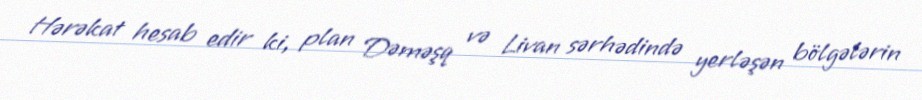
Hərəkat hesab edir ki, plan Dəməşq və Livan sərhədində yerləşən bölgələrin